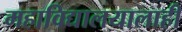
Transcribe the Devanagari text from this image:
महाविद्यालयालाही